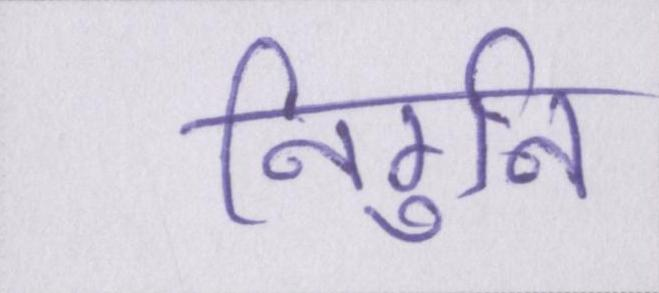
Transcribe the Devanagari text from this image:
निर्गुन